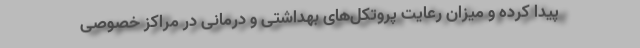
پیدا کرده و میزان رعایت پروتکل‌های بهداشتی و درمانی در مراکز خصوصی